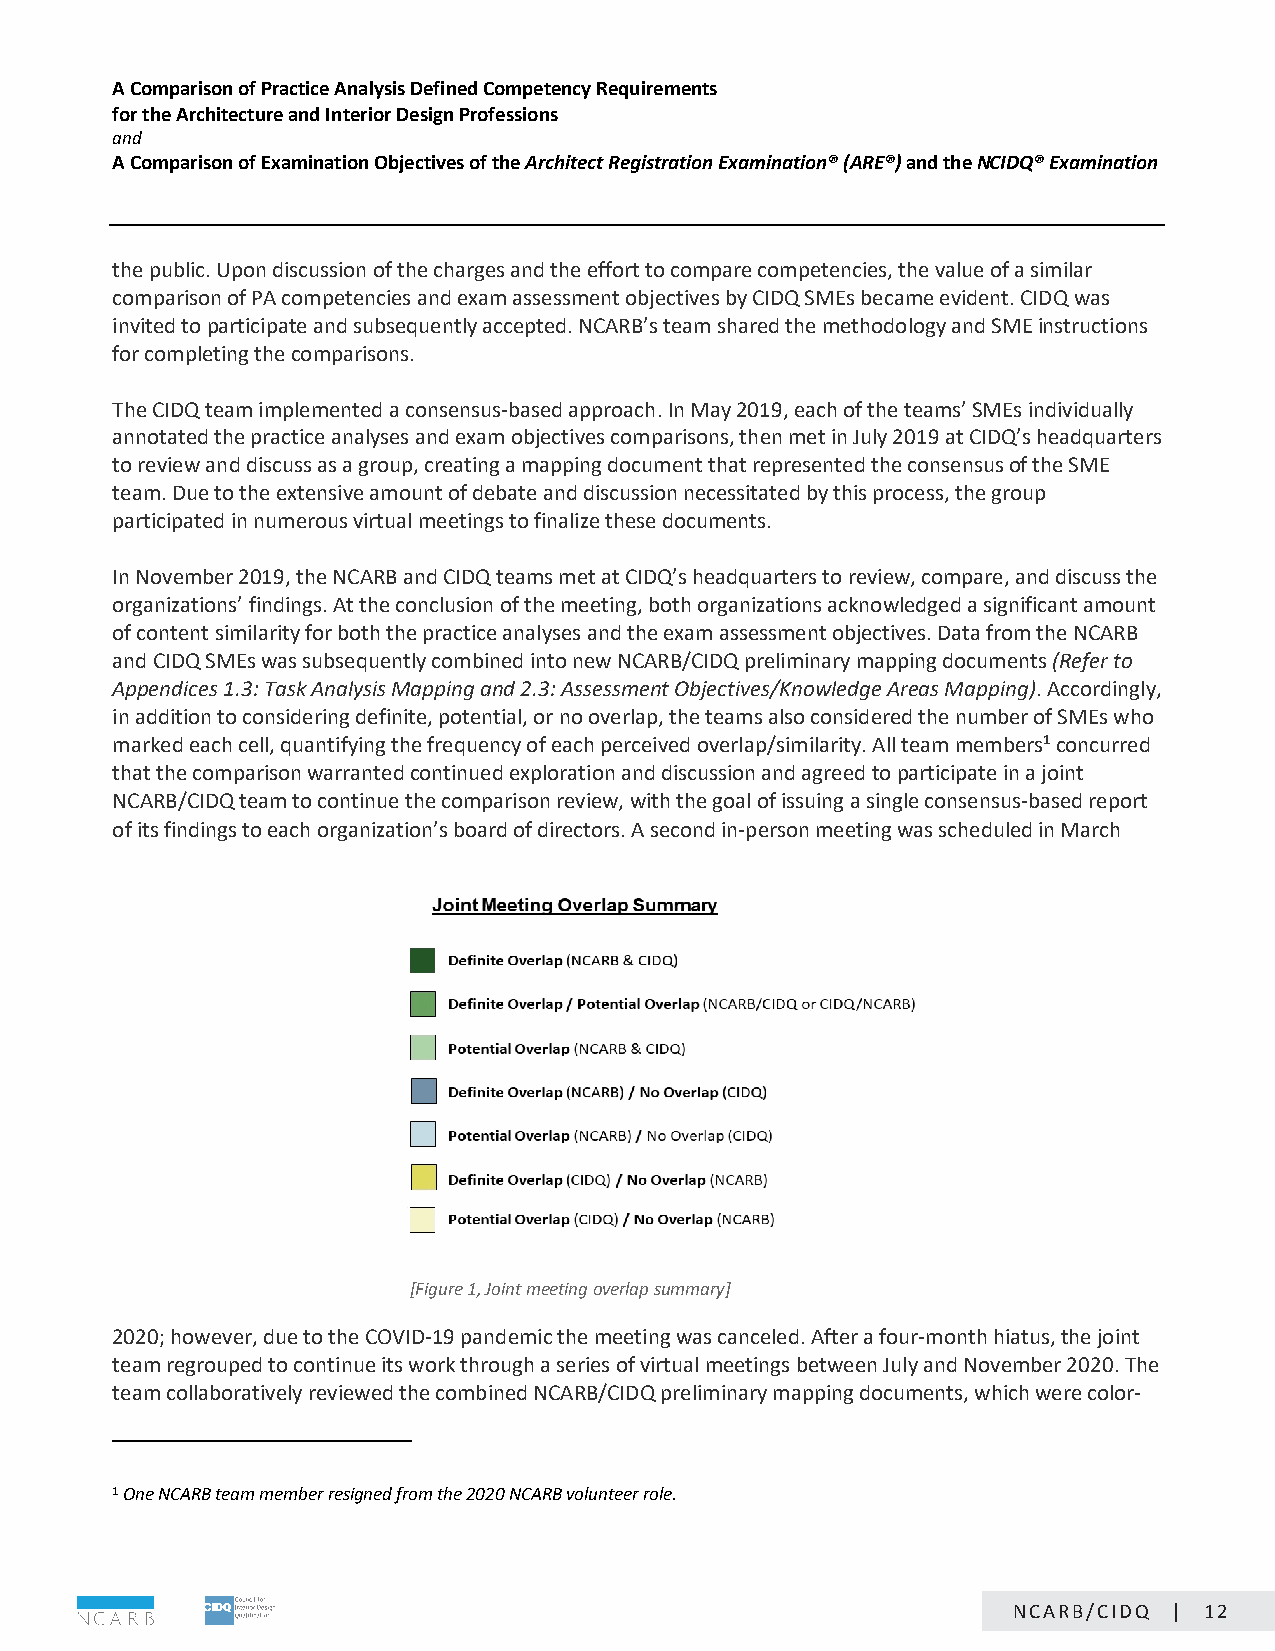
A Comparison of Practice Analysis Defined Competency Requirements
 for the Architecture and Interior Design Professions
 and
 A Comparison of Examination Objectives of the Architect Registration Examination® (ARE®) and the NCIDQ® Examination
 the public. Upon discussion of the charges and the effort to compare competencies, the value of a similar
 comparison of PA competencies and exam assessment objectives by CIDQ SMEs became evident. CIDQ was
 invited to participate and subsequently accepted. NCARB’s team shared the methodology and SME instructions
 for completing the comparisons.
 The CIDQ team implemented a consensus-based approach. In May 2019, each of the teams’ SMEs individually
 annotated the practice analyses and exam objectives comparisons, then met in July 2019 at CIDQ’s headquarters
 to review and discuss as a group, creating a mapping document that represented the consensus of the SME
 team. Due to the extensive amount of debate and discussion necessitated by this process, the group
 participated in numerous virtual meetings to finalize these documents.
 In November 2019, the NCARB and CIDQ teams met at CIDQ’s headquarters to review, compare, and discuss the
 organizations’ findings. At the conclusion of the meeting, both organizations acknowledged a significant amount
 of content similarity for both the practice analyses and the exam assessment objectives. Data from the NCARB
 and CIDQ SMEs was subsequently combined into new NCARB/CIDQ preliminary mapping documents (Refer to
 Appendices 1.3: Task Analysis Mapping and 2.3: Assessment Objectives/Knowledge Areas Mapping). Accordingly,
 in addition to considering definite, potential, or no overlap, the teams also considered the number of SMEs who
 marked each cell, quantifying the frequency of each perceived overlap/similarity. All team members1 concurred
 that the comparison warranted continued exploration and discussion and agreed to participate in a joint
 NCARB/CIDQ team to continue the comparison review, with the goal of issuing a single consensus-based report
 of its findings to each organization’s board of directors. A second in-person meeting was scheduled in March
 [Figure 1, Joint meeting overlap summary]
 2020; however, due to the COVID-19 pandemic the meeting was canceled. After a four-month hiatus, the joint
 team regrouped to continue its work through a series of virtual meetings between July and November 2020. The
 team collaboratively reviewed the combined NCARB/CIDQ preliminary mapping documents, which were color-
 1 One NCARB team member resigned from the 2020 NCARB volunteer role.
 Page 12 of 24
 NCARB/CIDQ | 12